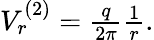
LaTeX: \begin{array}{r}{V_{r}^{(2)}=\frac{q}{2\pi}\frac{1}{r}.}\end{array}